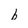
Character: b